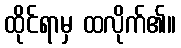
ထိုင်ရာမှ ထလိုက်၏။